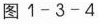
图1-3-4